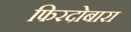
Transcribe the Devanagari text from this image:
फिरदोबारा